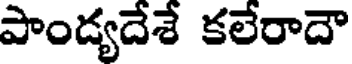
పాండ్యదేశే కలేరాదౌ